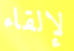
لإلقاء